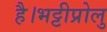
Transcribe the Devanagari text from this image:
है।भट्टीप्रोलु